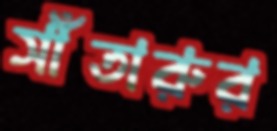
সাঁতারুর